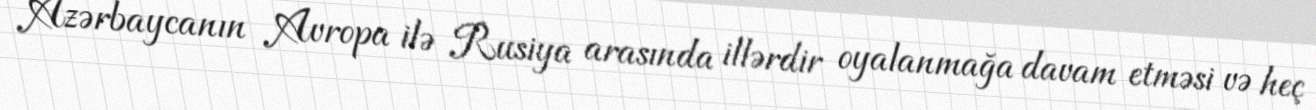
Azərbaycanın Avropa ilə Rusiya arasında illərdir oyalanmağa davam etməsi və heç